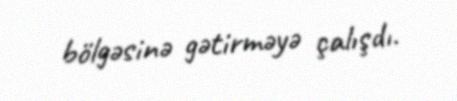
bölgəsinə gətirməyə çalışdı.